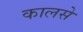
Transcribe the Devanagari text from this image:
कालसे